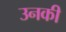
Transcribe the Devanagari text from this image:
उनकी